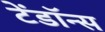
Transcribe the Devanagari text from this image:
टेंडॉन्स